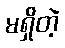
မရှိတဲ့